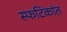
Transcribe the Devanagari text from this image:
स्फटिकांत